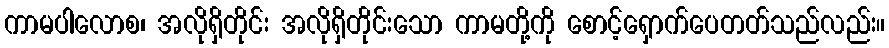
ကာမပါလောစ၊ အလိုရှိတိုင်း အလိုရှိတိုင်းသော ကာမတို့ကို စောင့်ရှောက်ပေတတ်သည်လည်း။